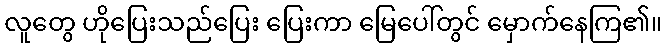
လူတွေ ဟိုပြေးသည်ပြေး ပြေးကာ မြေပေါ်တွင် မှောက်နေကြ၏။